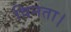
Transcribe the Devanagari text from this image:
विनता।